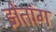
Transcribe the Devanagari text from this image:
झेतांग